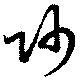
帥